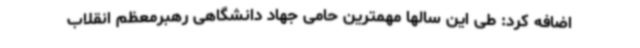
اضافه کرد: طی این سالها مهمترین حامی جهاد دانشگاهی رهبرمعظم انقلاب